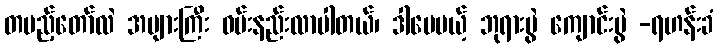
တပည့်တော်လဲ အများကြီး ဝမ်းနည်းလာပါတယ်၊ ဒါပေမယ့် ဘုရားပွဲ ကျောင်းပွဲ -ရဟန်းခံ